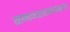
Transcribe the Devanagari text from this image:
समाजशास्त्रासारख्या